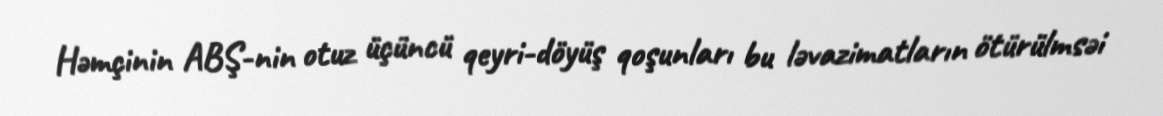
Həmçinin ABŞ-nin otuz üçüncü qeyri-döyüş qoşunları bu ləvazimatların ötürülmsəi